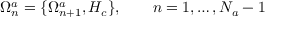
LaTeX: \Omega _ { n } ^ { a } = \{ \Omega _ { n + 1 } ^ { a } , H _ { c } \} , \ \ \ \ \ \ n = 1 , \ldots , N _ { a } - 1